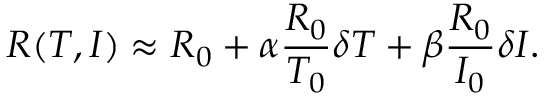
R ( T , I ) \approx R _ { 0 } + \alpha \frac { R _ { 0 } } { T _ { 0 } } \delta T + \beta \frac { R _ { 0 } } { I _ { 0 } } \delta I .